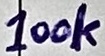
Text: 100k